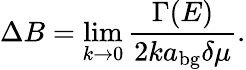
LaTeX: \Delta B=\operatorname*{lim}_{k\rightarrow 0}\frac{\Gamma(E)}{2ka_{\mathrm{bg}}\delta\mu}.